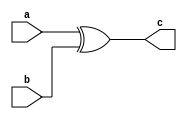
module Xor(a,b,c);
	input a,b;
	output c;
	
assign c=a^b;
endmodule